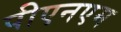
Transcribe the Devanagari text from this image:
पीएनएम